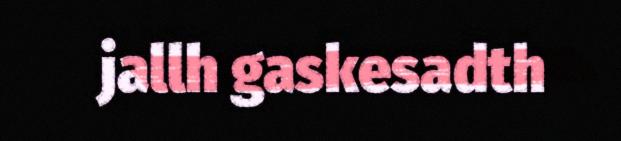
jallh gaskesadth